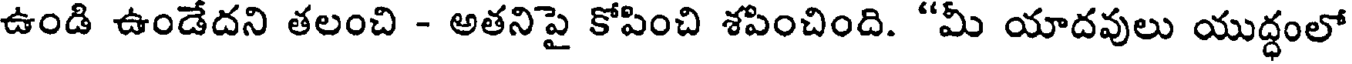
ఉండి ఉండేదని తలంచి - అతనిపై కోపించి శపించింది. "మీ యాదవులు యుద్ధంలో